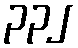
၃၃၂